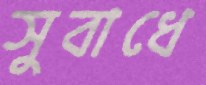
সুবাধে